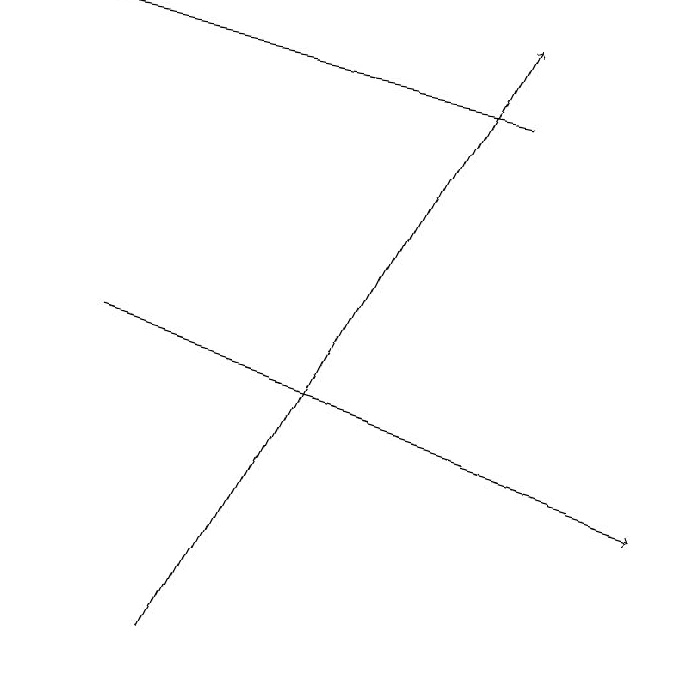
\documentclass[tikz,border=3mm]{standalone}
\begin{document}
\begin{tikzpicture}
\draw[->] (6,18) -- (0,19);
\draw[->] (2,11) -- (6,19);
\draw[->] (1,15) -- (8,13);
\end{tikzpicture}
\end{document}